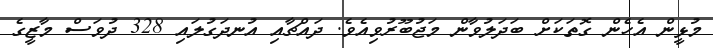
މުޅީން އެހެން ގޮތަކަށް ބަދަލުވާން މަޖުބޫރުވިއެވެ. ދައްޗާއި އުނދަގުލައި 328 ދުވަސް މާޒީގެ